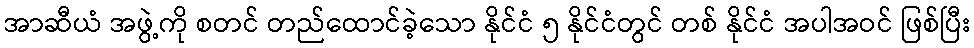
အာဆီယံ အဖွဲ့ကို စတင် တည်ထောင်ခဲ့သော နိုင်ငံ ၅ နိုင်ငံတွင် တစ် နိုင်ငံ အပါအဝင် ဖြစ်ပြီး